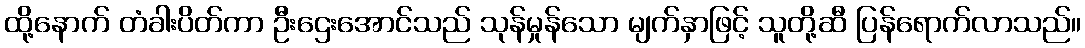
ထို့နောက် တံခါးပိတ်ကာ ဦးဌေးအောင်သည် သုန်မှုန်သော မျက်နှာဖြင့် သူတို့ဆီ ပြန်ရောက်လာသည်။